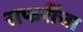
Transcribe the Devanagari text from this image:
सफरींचा